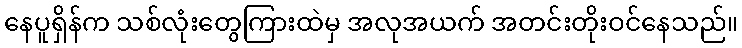
နေပူရှိန်က သစ်လုံးတွေကြားထဲမှ အလုအယက် အတင်းတိုးဝင်နေသည်။